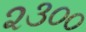
૨૩૦૦